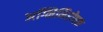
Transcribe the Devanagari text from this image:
अग्निनिरोधक